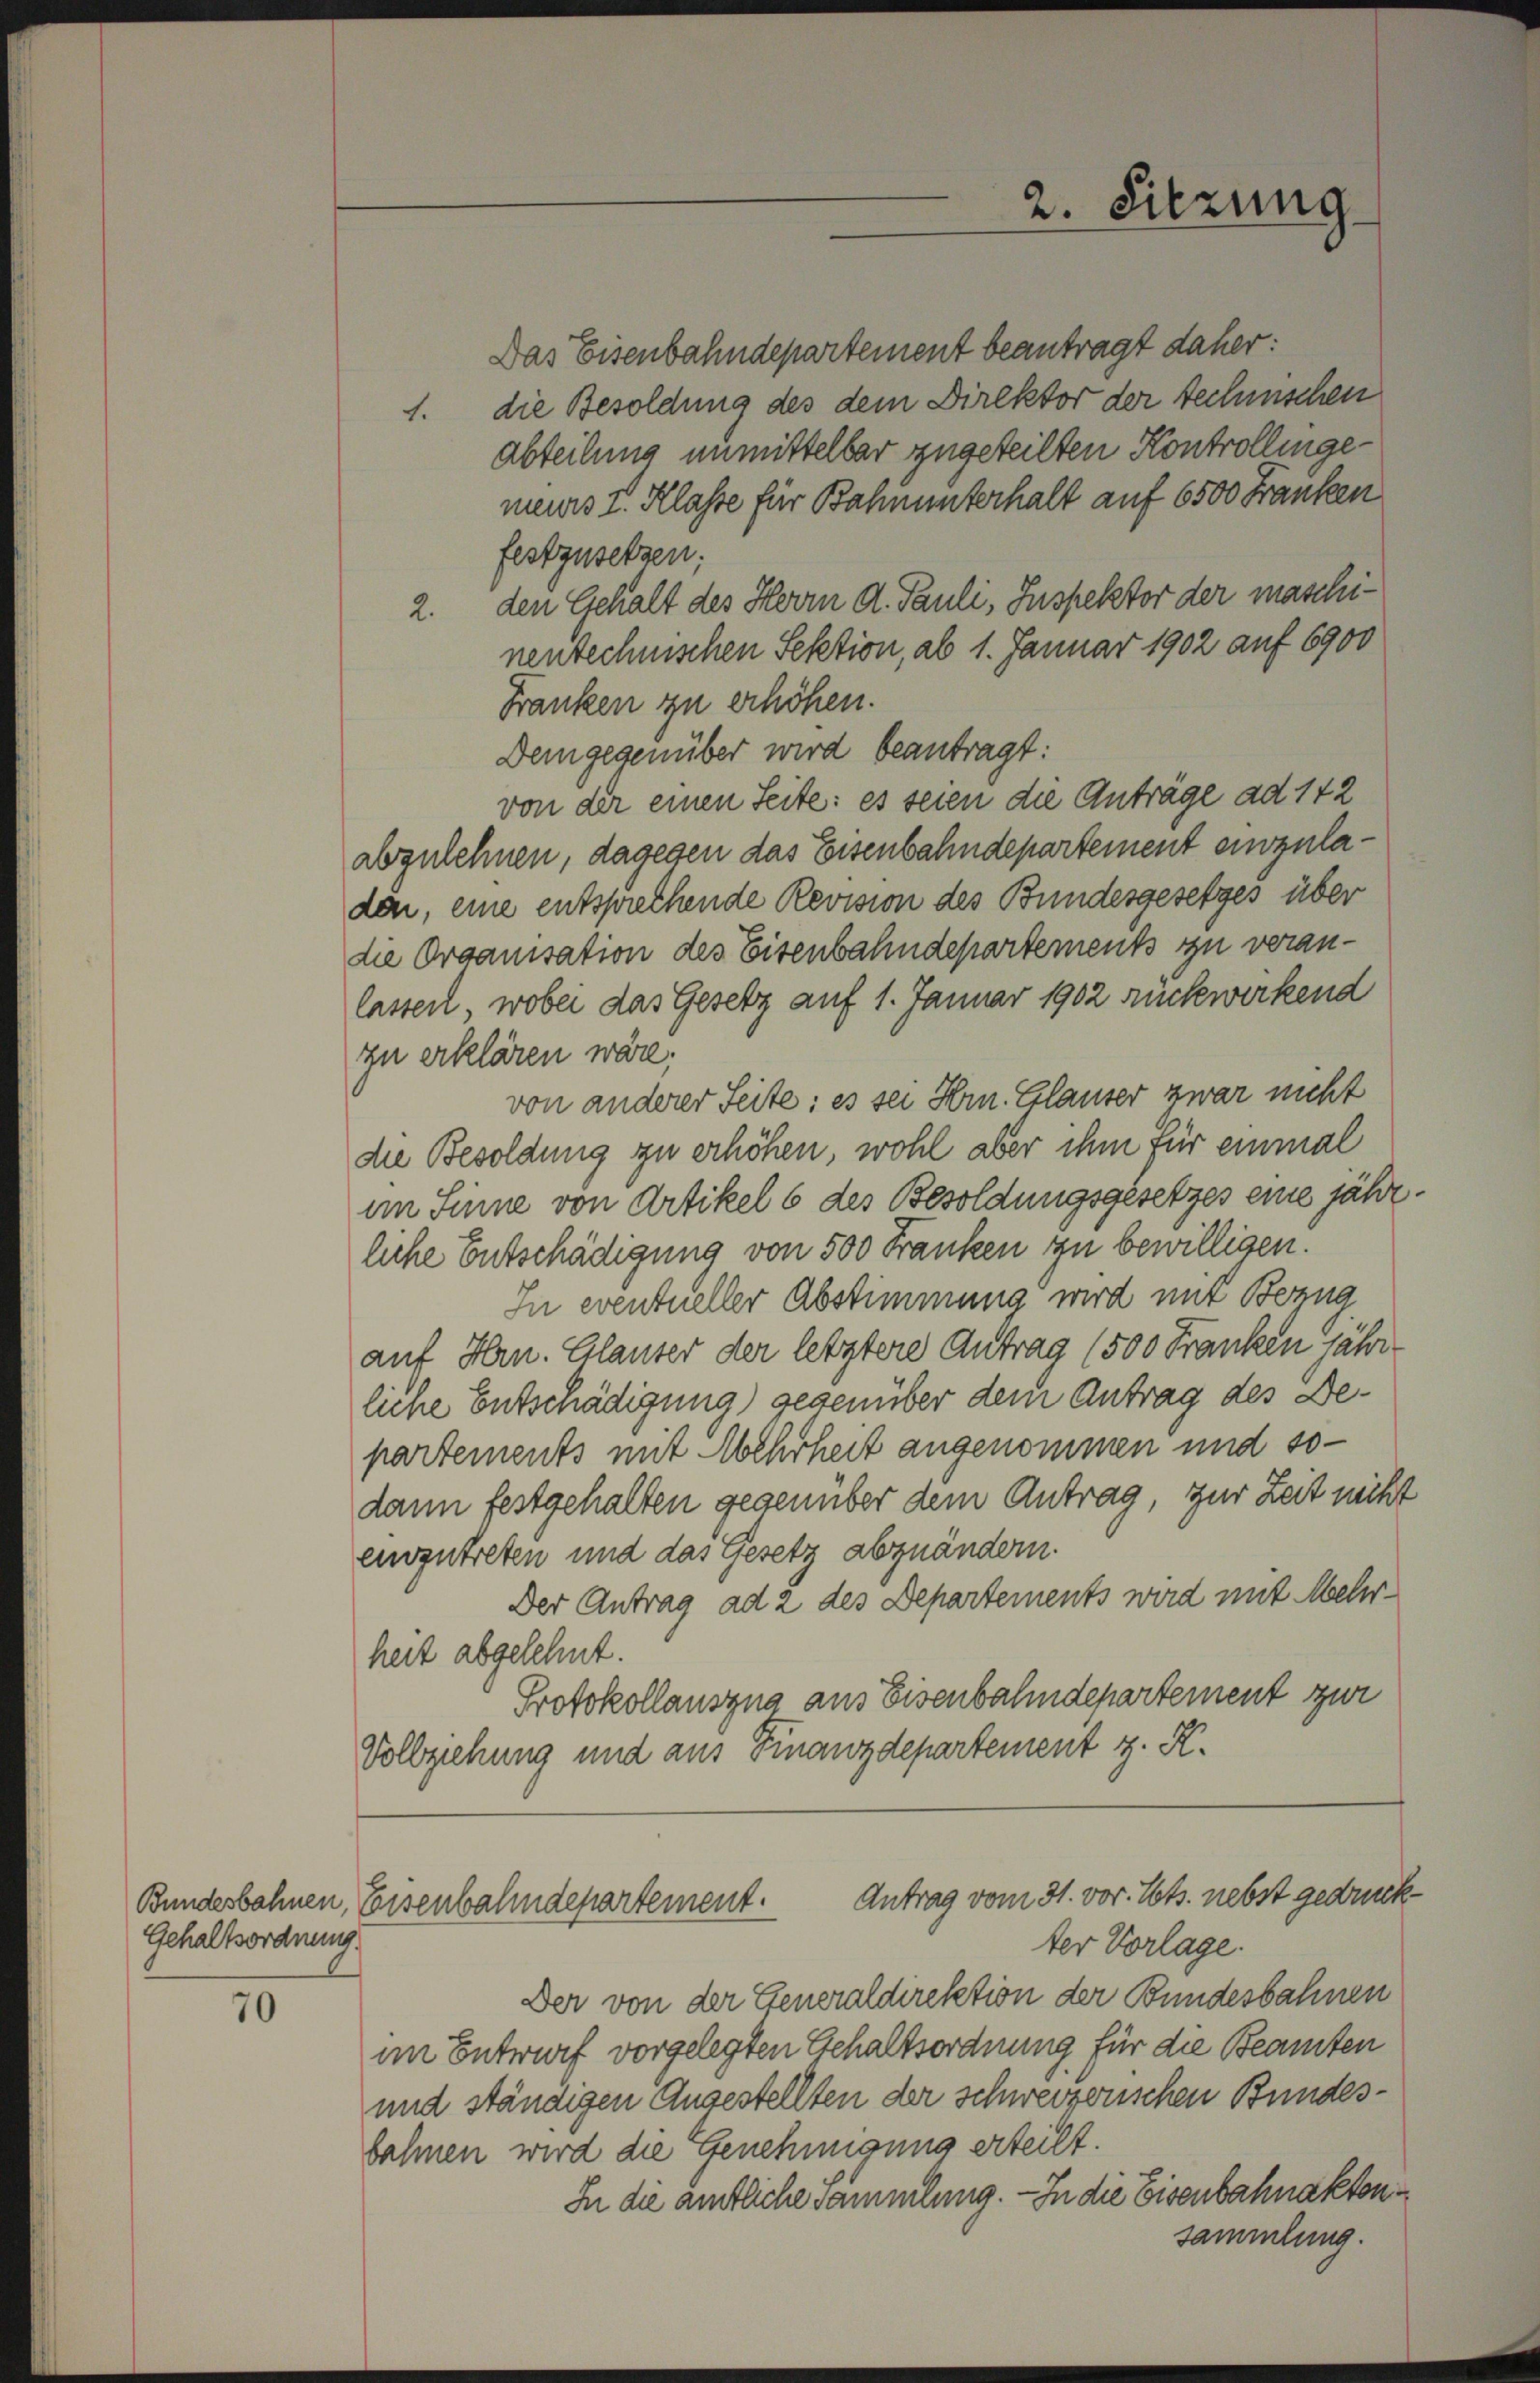
Gehaltsordnung.

70

2. Sitzung

Das Eisenbahndepartement beantragt daher:
1. die Besoldung des dem Direktor der techenschen
Abteilung unmittelbar zugeteilten Kontrollingemeures I. Klasse für Bahnunterhalt auf 6500 Franken
festzusetzen.
2. den Gehalt des Herrn d. Pauli, Inspektor der maschinentechnischen Sektion, ab 1. Januar 1902 auf 6900
Franken zu erhöhen.
Demgegenüber wird beantragt:
von der einen Seite: es seien die Anträge ad 142
abzulehnen, dagegen das Eisenbahndepartement einzuladai, eine entsprechende Revision des Bundesgesetzes über
die Organisation des Eisenbahndepartements zu veranlassen, wobei das Gesetz auf 1. Januar 1902 rückwerkend
zu erklären wäre.
von anderer Seite; es sei Hrn. Glauser zwar nicht
die Besoldung zu erhöhen, wohl aber ihm für einmal
im Sinne von Artikel 6 des Besoldungsgesetzes eine jährliche Entschädigung von 500 Franken zu bewilligen.
In eventueller Abstimmung wird mit Bezug
auf Hrn. Glauter der letztere Antrag (500 Franken jähr
liche Entschädigung) gegenüber dem Antrag des Departements mit Mehrheit angenommen und sodann festgehalten gegenüber dem Antrag, zur Zeit nicht
einzutreten und das Gesetz abzuändern.
Der Antrag ad 2 des Departements wird mit Mehrheit abgelehnt.
Protokollauszug aus Eisenbahndepartement zur
Vollziehung und aus Finanzdepartement z. R.

Bundesbahnen, Eisenbahndepartement. Antrag vom 31. vor. Mts. nebst gedruckter Vorlage.

Der von der Generaldirektion der Bundesbahnen
im Entwurf vorgelegten Gehaltsordnung für die Beamten
und ständigen Angestellten der schweizerischen Bundesbahnen wird die Genehmigung erteilt.
In die amtliche Sammlung. — In die Eisenbahnakten
sammlung.